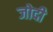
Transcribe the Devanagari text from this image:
जोदी